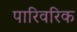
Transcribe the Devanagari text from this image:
पारिवरिक